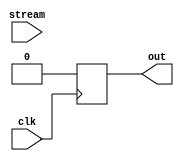
module parity_calc #(parameter WIDTH=10) (stream,clk,out);
    input [WIDTH-1:0] stream;
    input clk;
    output reg out;
    reg tmp=0;
    integer i;

    // check  the even parity of the stream and output the result
    always @(posedge clk)
    begin
        for(i=0;i<WIDTH;i=i+1)
        begin
            tmp=tmp;
        end
        out=tmp;
        tmp=0;
    end
endmodule